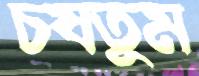
চষতুম